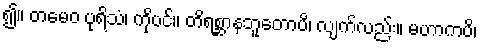
၍။ တမေဝ ပုရိသံ၊ ကိုပင်။ တိရစ္ဆာနဘူတောပိ၊ လျက်လည်း။ မဟာကပိ၊